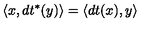
\langle x , d t ^ { * } ( y ) \rangle = \langle d t ( x ) , y \rangle